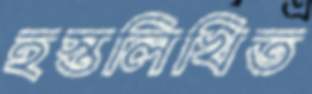
হস্তলিখিত